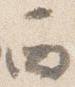
西